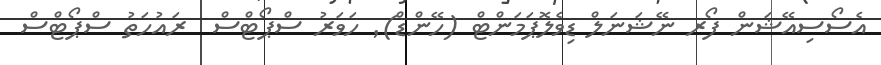
އެސޯސިއޭޝަން ފޯރ ނޭޝަނަލް ޑިވެލޮޕަމަންޓް (ހޭންޑް)